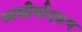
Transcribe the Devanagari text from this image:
आशीर्वादरूप